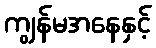
ကျွန်မအနေနှင့်